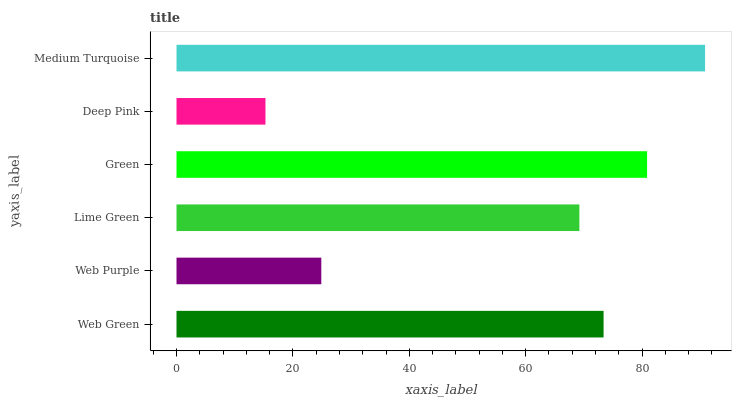
| yaxis_label | bars |
 | --- | --- |
 | Web Green | 73.4 |
 | Web Purple | 24.9 |
 | Lime Green | 69.2 |
 | Green | 80.9 |
 | Deep Pink | 15.3 |
 | Medium Turquoise | 90.8 |